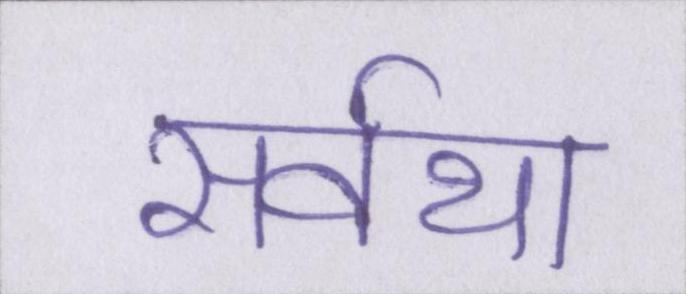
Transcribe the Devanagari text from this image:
सर्वथा